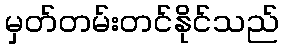
မှတ်တမ်းတင်နိုင်သည်